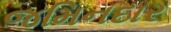
જમિનદાર